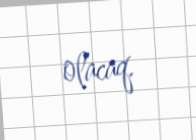
olacaq.